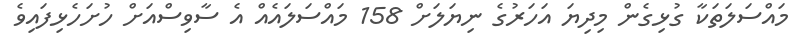
މައްސަލަތަކާ ގުޅިގެން މިދިޔަ އަހަރުގެ ނިޔަލަށް 158 މައްސަލައެއް އެ ސާވިސްއަށް ހުށަހެޅިފައިވެ